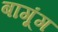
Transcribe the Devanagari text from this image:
बागूंग